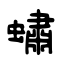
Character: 蟰